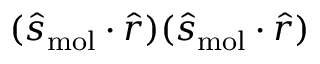
( \hat { s } _ { \mathrm { m o l } } \cdot \hat { r } ) ( \hat { s } _ { \mathrm { m o l } } \cdot \hat { r } )